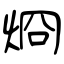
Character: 烱